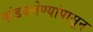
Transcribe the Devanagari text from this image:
पांडवलेण्यांपासून